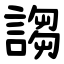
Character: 謅